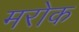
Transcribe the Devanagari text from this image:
मरोक